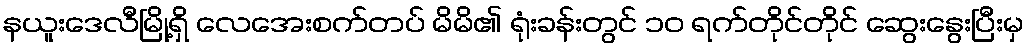
နယူးဒေလီမြို့ရှိ လေအေးစက်တပ် မိမိ၏ ရုံးခန်းတွင် ၁၀ ရက်တိုင်တိုင် ဆွေးနွေးပြီးမှ